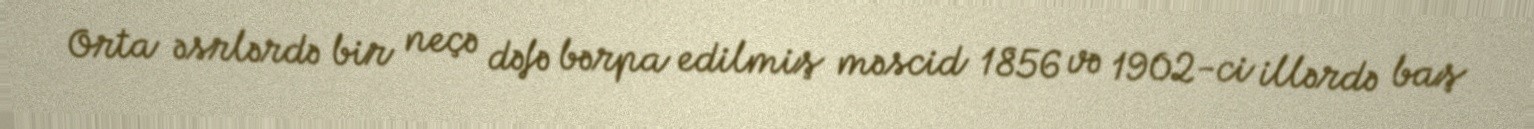
Orta əsrlərdə bir neçə dəfə bərpa edilmiş məscid 1856 və 1902-ci illərdə baş